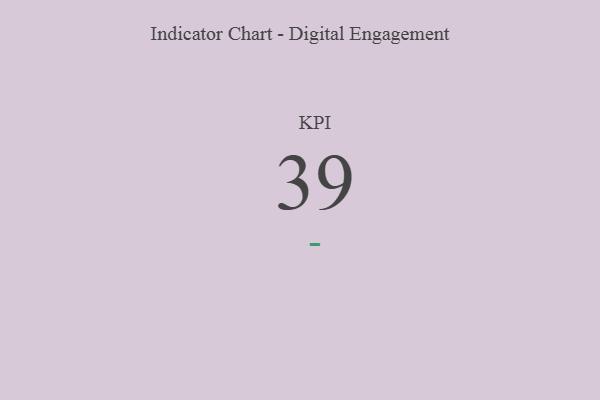
{"axis": {"x": "KPI", "y": "Value"}, "legend": [""], "data": [{"x": "KPI", "y": 39, "type": ""}]}